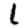
Digit: 1